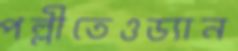
পল্লীতেওড্যান